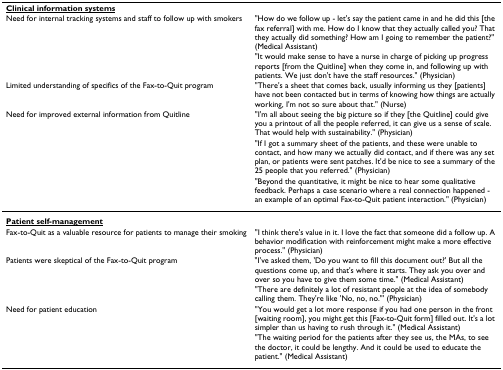
<table><thead><tr><td><b><underline>Clinical information systems</underline></b></td><td></td></tr><tr><td><b>Need for internal tracking systems and staff to follow up with smokers</b></td><td><b>&quot;How do we follow up - let&#x27;s say the patient came in and he did this [the fax referral] with me. How do I know that they actually called you? That they actually did something? How am I going to remember the patient?&quot; (Medical Assistant)</b></td></tr><tr><td></td><td><b>&quot;It would make sense to have a nurse in charge of picking up progress reports [from the Quitline] when they come in, and following up with patients. We just don&#x27;t have the staff resources.&quot; (Physician)</b></td></tr><tr><td><b>Limited understanding of specifics of the Fax-to-Quit program</b></td><td><b>&quot;There&#x27;s a sheet that comes back, usually informing us they [patients] have not been contacted but in terms of knowing how things are actually working, I&#x27;m not so sure about that.&quot; (Nurse)</b></td></tr><tr><td><b>Need for improved external information from Quitline</b></td><td><b>&quot;I&#x27;m all about seeing the big picture so if they [the Quitline] could give you a printout of all the people referred, it can give us a sense of scale. That would help with sustainability.&quot; (Physician)</b></td></tr><tr><td></td><td><b>&quot;If I got a summary sheet of the patients, and these were unable to contact, and how many we actually did contact, and if there was any set plan, or patients were sent patches. It&#x27;d be nice to see a summary of the 25 people that you referred.&quot; (Physician)</b></td></tr><tr><td></td><td><b>&quot;Beyond the quantitative, it might be nice to hear some qualitative feedback. Perhaps a case scenario where a real connection happened - an example of an optimal Fax-to-Quit patient interaction.&quot; (Physician)</b></td></tr></thead><tbody><tr><td><b><underline>Patient self-management</underline></b></td><td></td></tr><tr><td>Fax-to-Quit as a valuable resource for patients to manage their smoking</td><td>&quot;I think there&#x27;s value in it. I love the fact that someone did a follow up. A behavior modification with reinforcement might make a more effective process.&quot; (Physician)</td></tr><tr><td>Patients were skeptical of the Fax-to-Quit program</td><td>&quot;I&#x27;ve asked them, &#x27;Do you want to fill this document out?&#x27; But all the questions come up, and that&#x27;s where it starts. They ask you over and over so you have to give them some time.&quot; (Medical Assistant)</td></tr><tr><td></td><td>&quot;There are definitely a lot of resistant people at the idea of somebody calling them. They&#x27;re like &#x27;No, no, no.&quot;&#x27; (Physician)</td></tr><tr><td>Need for patient education</td><td>&quot;You would get a lot more response if you had one person in the front [waiting room], you might get this [Fax-to-Quit form] filled out. It&#x27;s a lot simpler than us having to rush through it.&quot; (Medical Assistant)</td></tr><tr><td></td><td>&quot;The waiting period for the patients after they see us, the MAs, to see the doctor, it could be lengthy. And it could be used to educate the patient.&quot; (Medical Assistant)</td></tr></tbody></table>